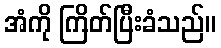
အံကို ကြိတ်ပြီးခံသည်။